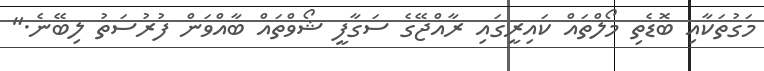
މަގުތަކާއި ބޮޑެތި މޯލްތައް ކައިރީގައި ރާއްޖޭގެ ސަގާފީ ޝޯވްތައް ބާއްވަން ފުރުސަތު ލިބޭނެ."